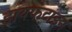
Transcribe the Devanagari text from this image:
डायफंटाइन